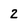
Character: 2